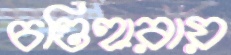
চণ্ডিহারায়